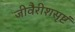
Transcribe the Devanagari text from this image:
जीवैरीशसृष्टं